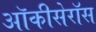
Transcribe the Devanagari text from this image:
ऑकीसेरॉस